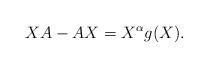
LaTeX: \begin{align*} XA-AX=X^{\alpha}g(X). \end{align*}